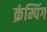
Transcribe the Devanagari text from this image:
क्रंम्पिंग